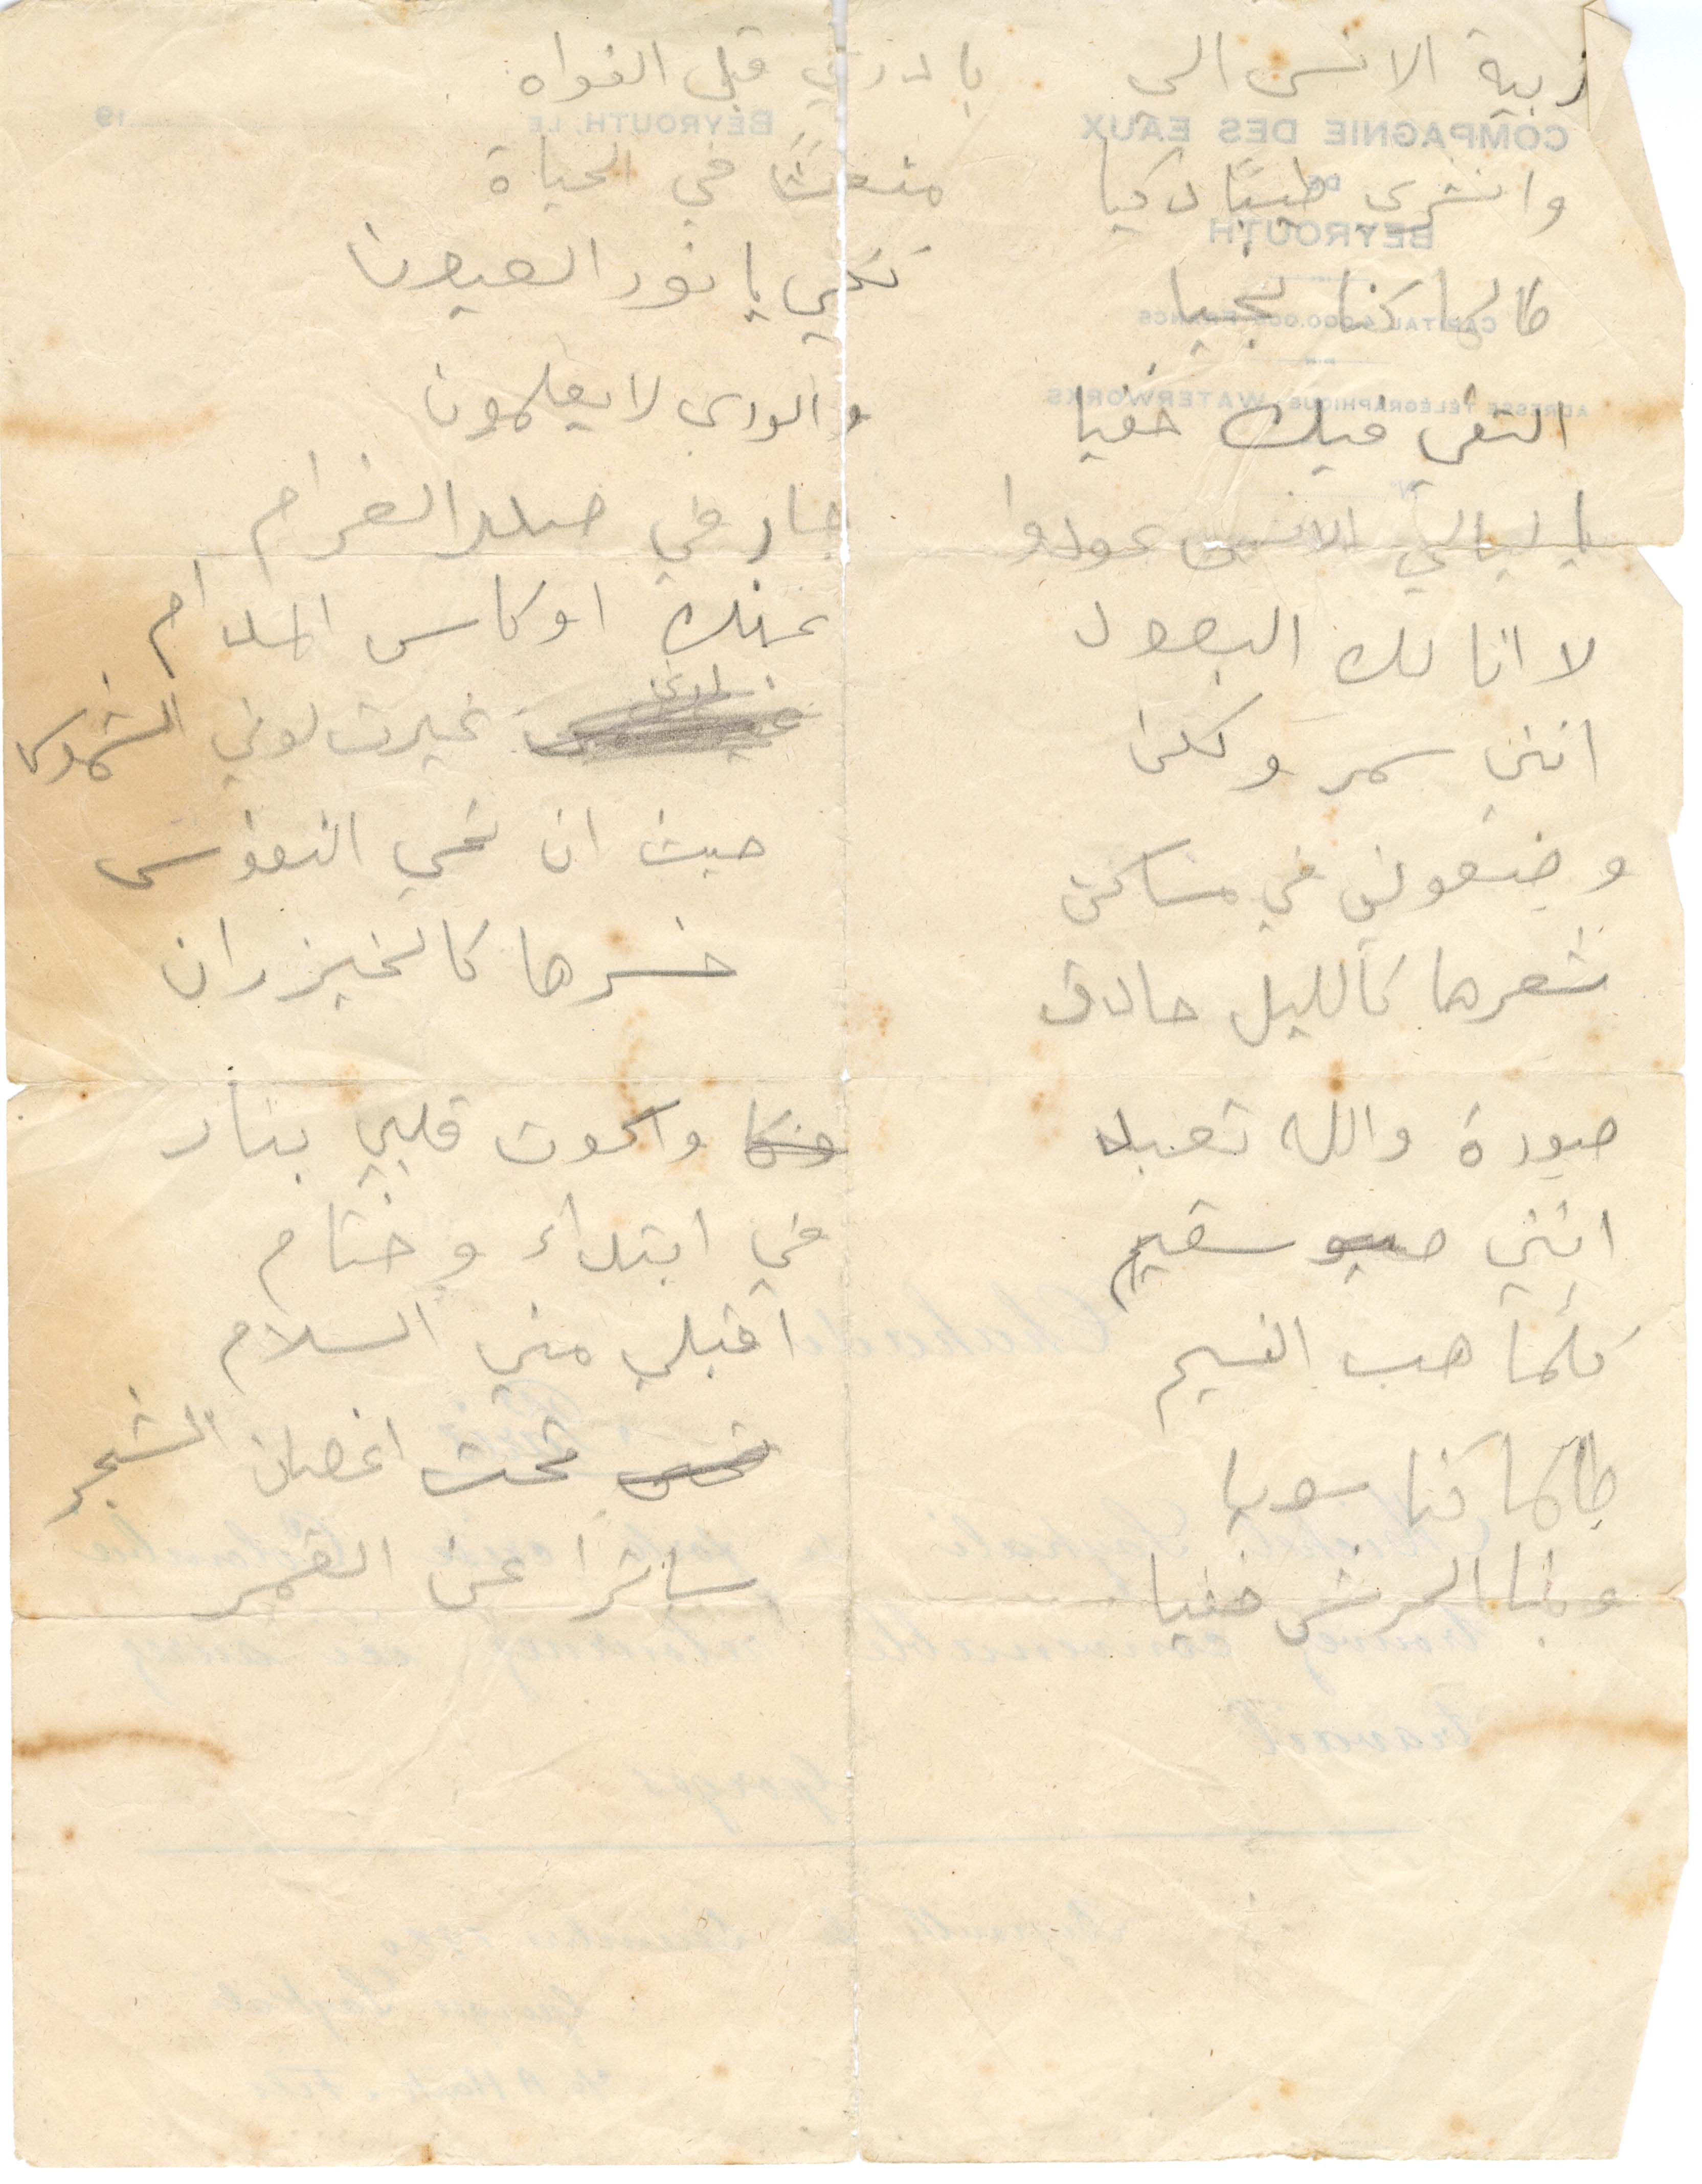
بادري قبل الفواه
زبية الانس الى
منعت في الحياة
وانشري طيبًأ ذكيأ
لكي يا نور العيون
طالما كنا نجيا
والدالي لا يعلمون
التقي فيك خفيا
جار في جلبب الغرام
يا ليالي الانس عودوا
عينيك او كان المدام
لا انا لك البعول
غيرت لوني الشموس
انني سمر وكلن
حيث ان نحي النفوس
وضعوني في مساكن
خسرها كالخيزران
شعرها كالليل حادق
صورة والله تعبد
واكون قلبي بنار
انني سقيم
في ابتداء وختام
اقبلي مني السلام
كلما هب النسيم
تحت اغصان الشجر
طلما كنا سويا
وبنا الحرش خفيا
ساترا عن العمر